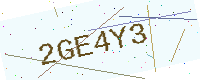
Text: 2GE4Y3